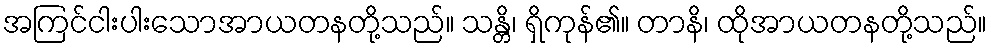
အကြင်ငါးပါးသောအာယတနတို့သည်။ သန္တိ၊ ရှိကုန်၏။ တာနိ၊ ထိုအာယတနတို့သည်။